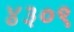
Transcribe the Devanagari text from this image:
४३०९